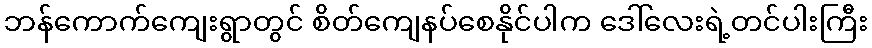
ဘန်ကောက်ကျေးရွာတွင် စိတ်ကျေနပ်စေနိုင်ပါက ဒေါ်လေးရဲ့တင်ပါးကြီး